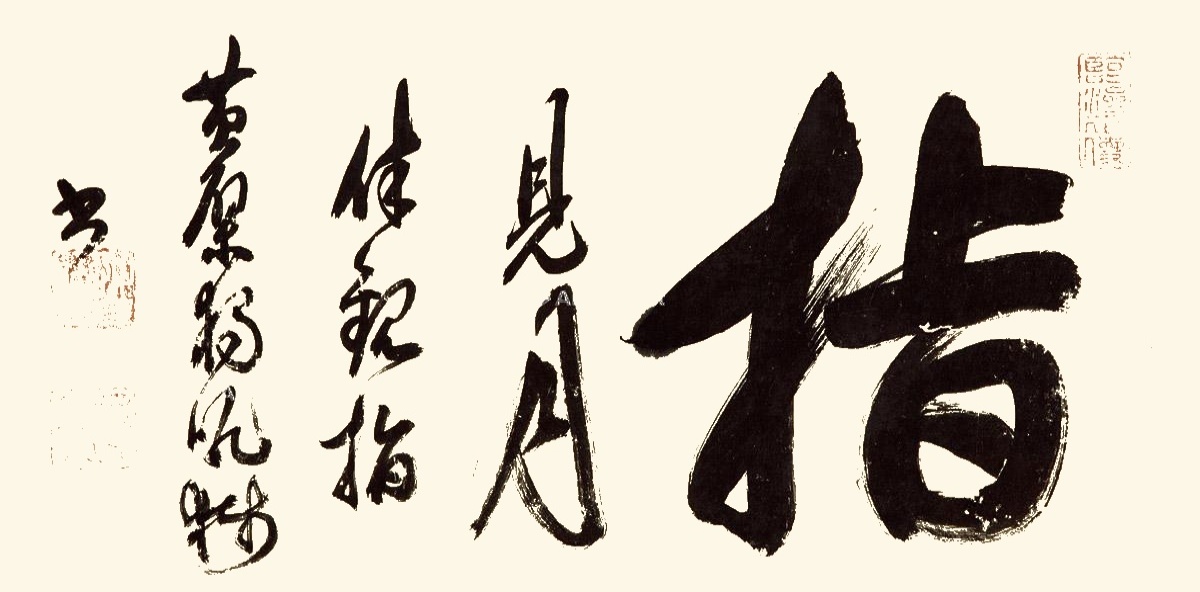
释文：见月休观指。黄檗独吼狮书。